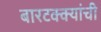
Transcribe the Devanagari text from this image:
बारटक्क्यांची